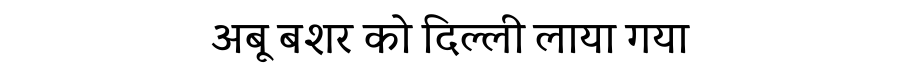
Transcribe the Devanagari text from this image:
अबू बशर को दिल्ली लाया गया